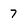
Character: 7